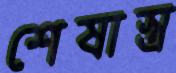
শেষাস্ত্র